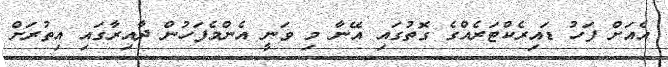
އެއަށް ފަހު ޑައިރެކްޓަރެއްގެ ގޮތުގައި އޭނާ މި ވަނީ އެންމެފަހުން ދާއިރާގައި އިތުރަށް